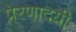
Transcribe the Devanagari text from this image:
प्रेरणादयी